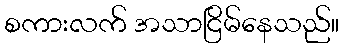
စကားလက် အသာငြိမ်နေသည်။